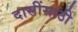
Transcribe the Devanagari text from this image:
दासींसाठी